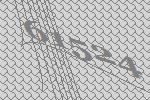
61524